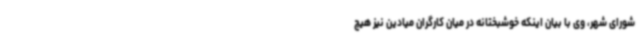
شورای شهر، وی با بیان اینکه خوشبختانه در میان کارگران میادین نیز هیچ